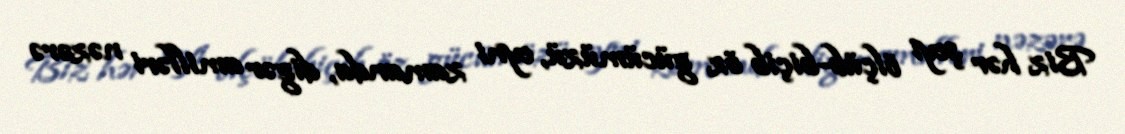
Biz hər şeyi ölçüb-biçib öz gücümüzü, eyni zamanda, digər amilləri nəzərə